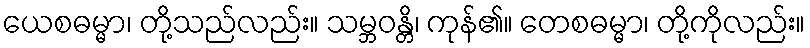
ယေစဓမ္မာ၊ တို့သည်လည်း။ သမ္ဘဝန္တိ၊ ကုန်၏။ တေစဓမ္မာ၊ တို့ကိုလည်း။